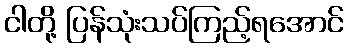
ငါတို့ ပြန်သုံးသပ်ကြည့်ရအောင်